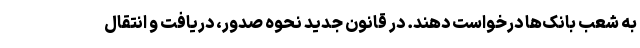
به شعب بانک‌ها درخواست دهند. در قانون جدید نحوه صدور، دریافت و انتقال